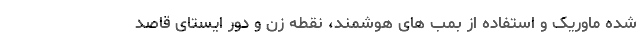
شده ماوریک و استفاده از بمب های هوشمند، نقطه زن و دور ایستای قاصد